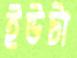
ইউটা